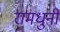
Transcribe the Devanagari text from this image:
रामधुनी